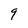
Character: 9